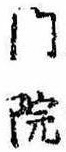
門院